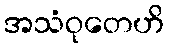
အသံဝုတေဟိ